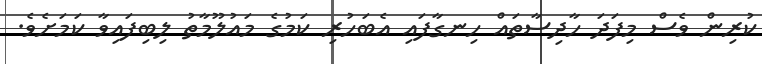
ކުރިން ވެސް މިފަދަ ހާދިސާތައް ހިނގާފައި އެބަހުރި ކަމުގެ މައުލޫމާތު ލިބިފައިވާ ކަމަށެވެ.